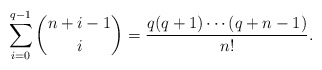
\begin{align*}\sum_{i=0}^{q-1}\binom{n+i-1}{i}=\frac{q(q+1)\cdots (q+n-1)}{n!}.\end{align*}